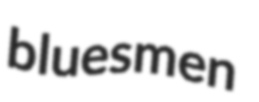
bluesmen